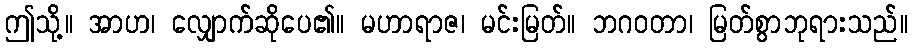
ဤသို့။ အာဟ၊ လျှောက်ဆိုပေ၏။ မဟာရာဇ၊ မင်းမြတ်။ ဘဂဝတာ၊ မြတ်စွာဘုရားသည်။